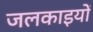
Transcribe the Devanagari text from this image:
जलकाइयों